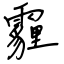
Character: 霾